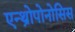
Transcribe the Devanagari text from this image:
एन्थ्रोपोनोसिस